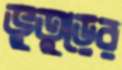
ভুতুড়ের